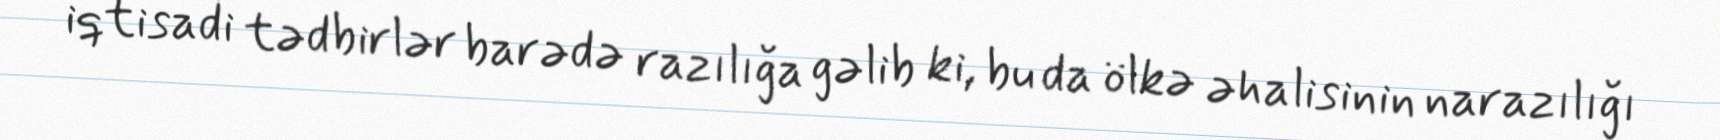
iqtisadi tədbirlər barədə razılığa gəlib ki, bu da ölkə əhalisinin narazılığı